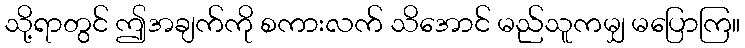
သို့ရာတွင် ဤအချက်ကို စကားလက် သိအောင် မည်သူကမျှ မပြောကြ။